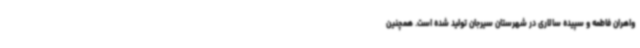
واهران فاطمه و سپیده سالاری در شهرستان سیرجان تولید شده است. همچنین